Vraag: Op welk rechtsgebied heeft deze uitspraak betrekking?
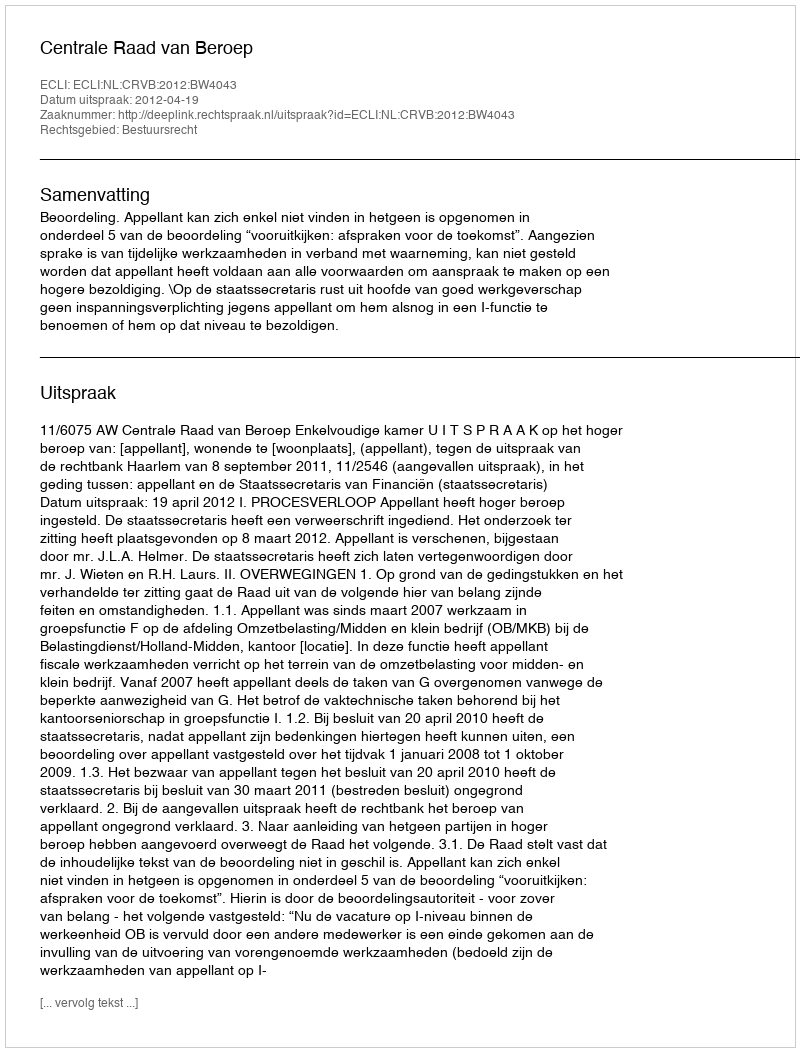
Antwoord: Bestuursrecht